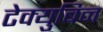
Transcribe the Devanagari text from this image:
टेक्युबिन